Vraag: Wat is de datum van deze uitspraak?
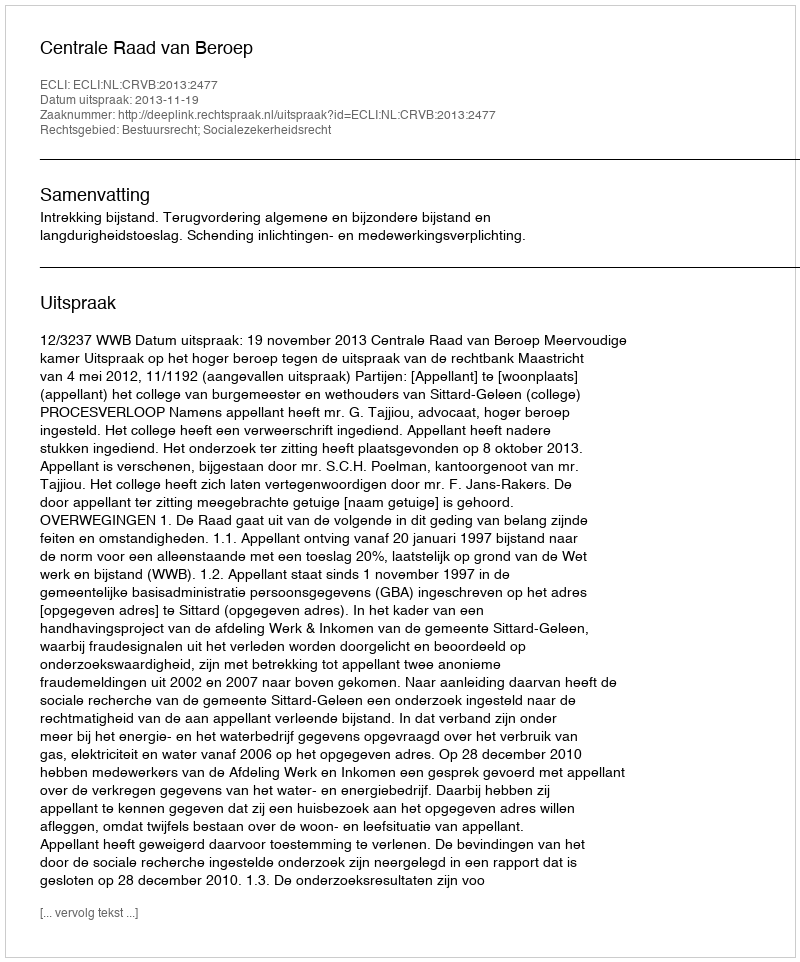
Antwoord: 2013-11-19